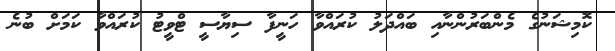
ކޮމިޝަނުގެ މެންބަރުންނާއި ބައްދަލު ކުރައްވާ ހަނީފާ ސިޔާސީ ޓްވީޓު ކުރައްވާ ކަމަށް ބުނެ